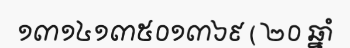
១៣១៤១៣៥០១៣៦៩ ( ២០ ឆ្នាំ